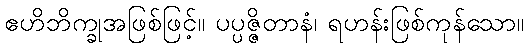
ဧဟိဘိက္ခုအဖြစ်ဖြင့်။ ပပ္ပဇ္ဇိတာနံ၊ ရဟန်းဖြစ်ကုန်သော။